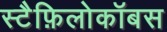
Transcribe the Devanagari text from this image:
स्टैफ़िलोकॉबस